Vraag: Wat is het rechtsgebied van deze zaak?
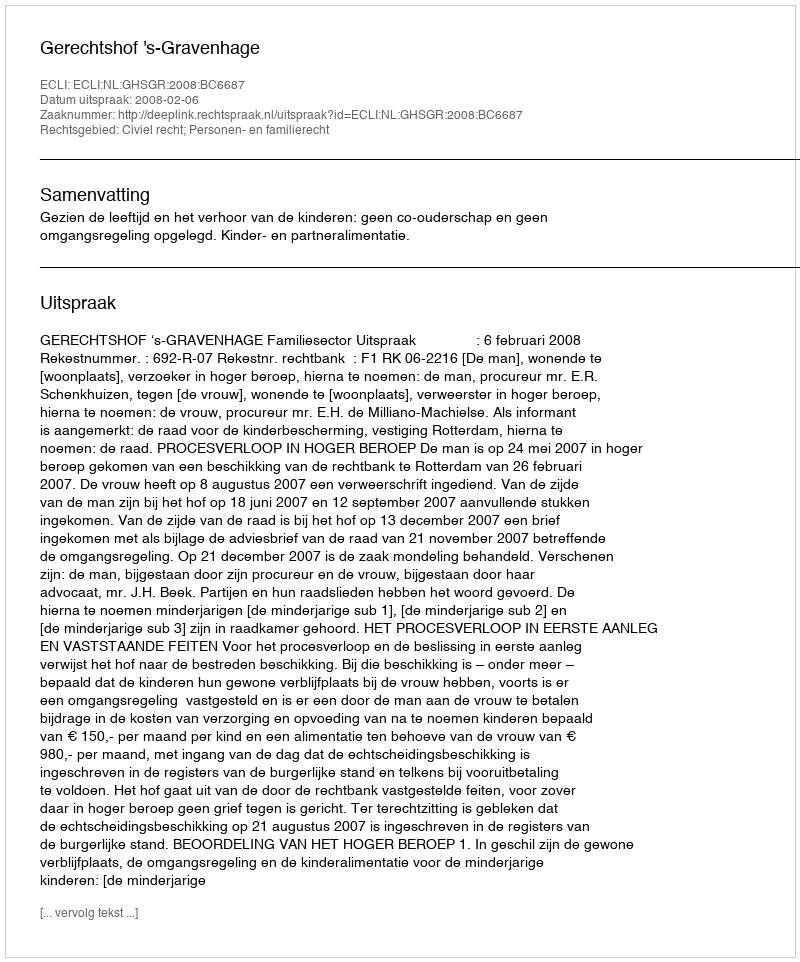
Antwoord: Civiel recht; Personen- en familierecht